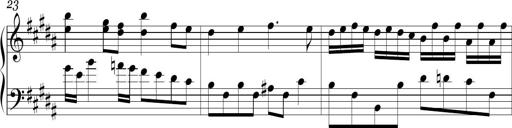
Title: Ten Piano Sonatinas
Composer: Andreas Sain